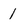
Character: 1